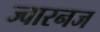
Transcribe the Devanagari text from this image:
ज्वारनज